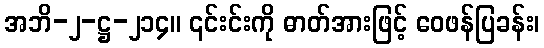
အဘိ-၂-ဋ္ဌ-၂၁၄။ ၎င်းင်းကို ဓာတ်အားဖြင့် ဝေဖန်ပြခန်း၊